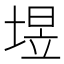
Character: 𮰧